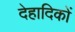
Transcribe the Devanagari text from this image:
देहादिकों